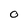
Character: 0